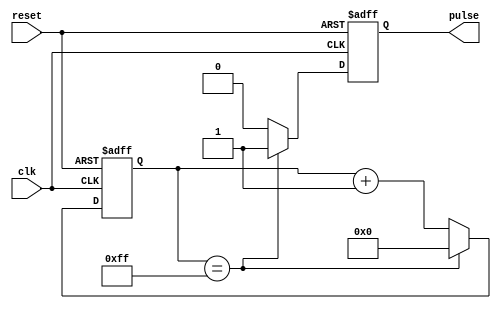
module Timing_control_block(
    input wire clk,
    input wire reset,
    output reg pulse
);

reg [7:0] counter;

always @(posedge clk or posedge reset) begin
    if (reset) begin
        counter <= 0;
        pulse <= 0;
    end else begin
        if (counter == 8'hFF) begin
            counter <= 0;
            pulse <= 1;
        end else begin
            counter <= counter + 1;
            pulse <= 0;
        end
    end
end

endmodule